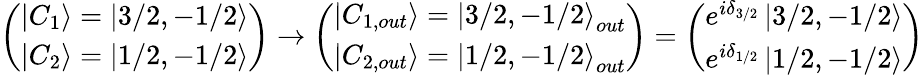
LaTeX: \left(\begin{array}{l}{{\left|C_{1}\right\rangle=\left|3/2,-1/2\right\rangle}}\\ {{\left|C_{2}\right\rangle=\left|1/2,-1/2\right\rangle}}\end{array}\right)\rightarrow\left(\begin{array}{l}{{\left|C_{1,out}\right\rangle=\left|3/2,-1/2\right\rangle_{out}}}\\ {{\left|C_{2,out}\right\rangle=\left|1/2,-1/2\right\rangle_{out}}}\end{array}\right)=\left(\begin{array}{l}{{e^{i\delta_{3/2}}\left|3/2,-1/2\right\rangle}}\\ {{e^{i\delta_{1/2}}\left|1/2,-1/2\right\rangle}}\end{array}\right)